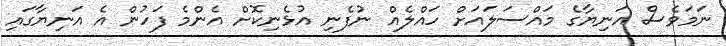
ނަމަވެސް އަނިޔާގެ މައްސަލައަށް ހައްލެއް ނުފެނި އުޅެނިކޮށް އެންމެ ފަހުން އެ އަނިޔާގައި